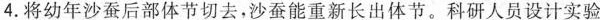
4.将幼年沙蚕后部体节切去，沙蚕能重新长出体节。科研人员设计实验